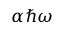
\alpha \hbar \omega